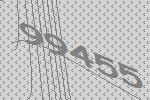
99455